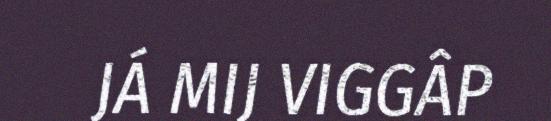
JÁ MIJ VIGGÂP